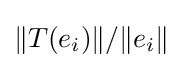
\|T(e_{i})\|/\|e_{i}\|